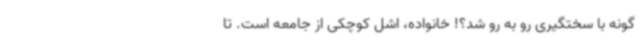
گونه با سختگیری رو به رو شد؟! خانواده، اشل کوچکی از جامعه است. تا